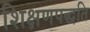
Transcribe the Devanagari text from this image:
शिक्षणपद्धति